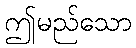
ဤမည်သော